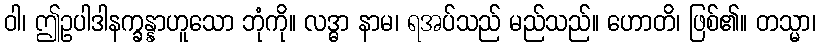
ဝါ၊ ဤဥပါဒါနက္ခန္နာဟူသော ဘုံကို။ လဒ္ဓာ နာမ၊ ရအပ်သည် မည်သည်။ ဟောတိ၊ ဖြစ်၏။ တသ္မာ၊